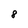
Character: 8